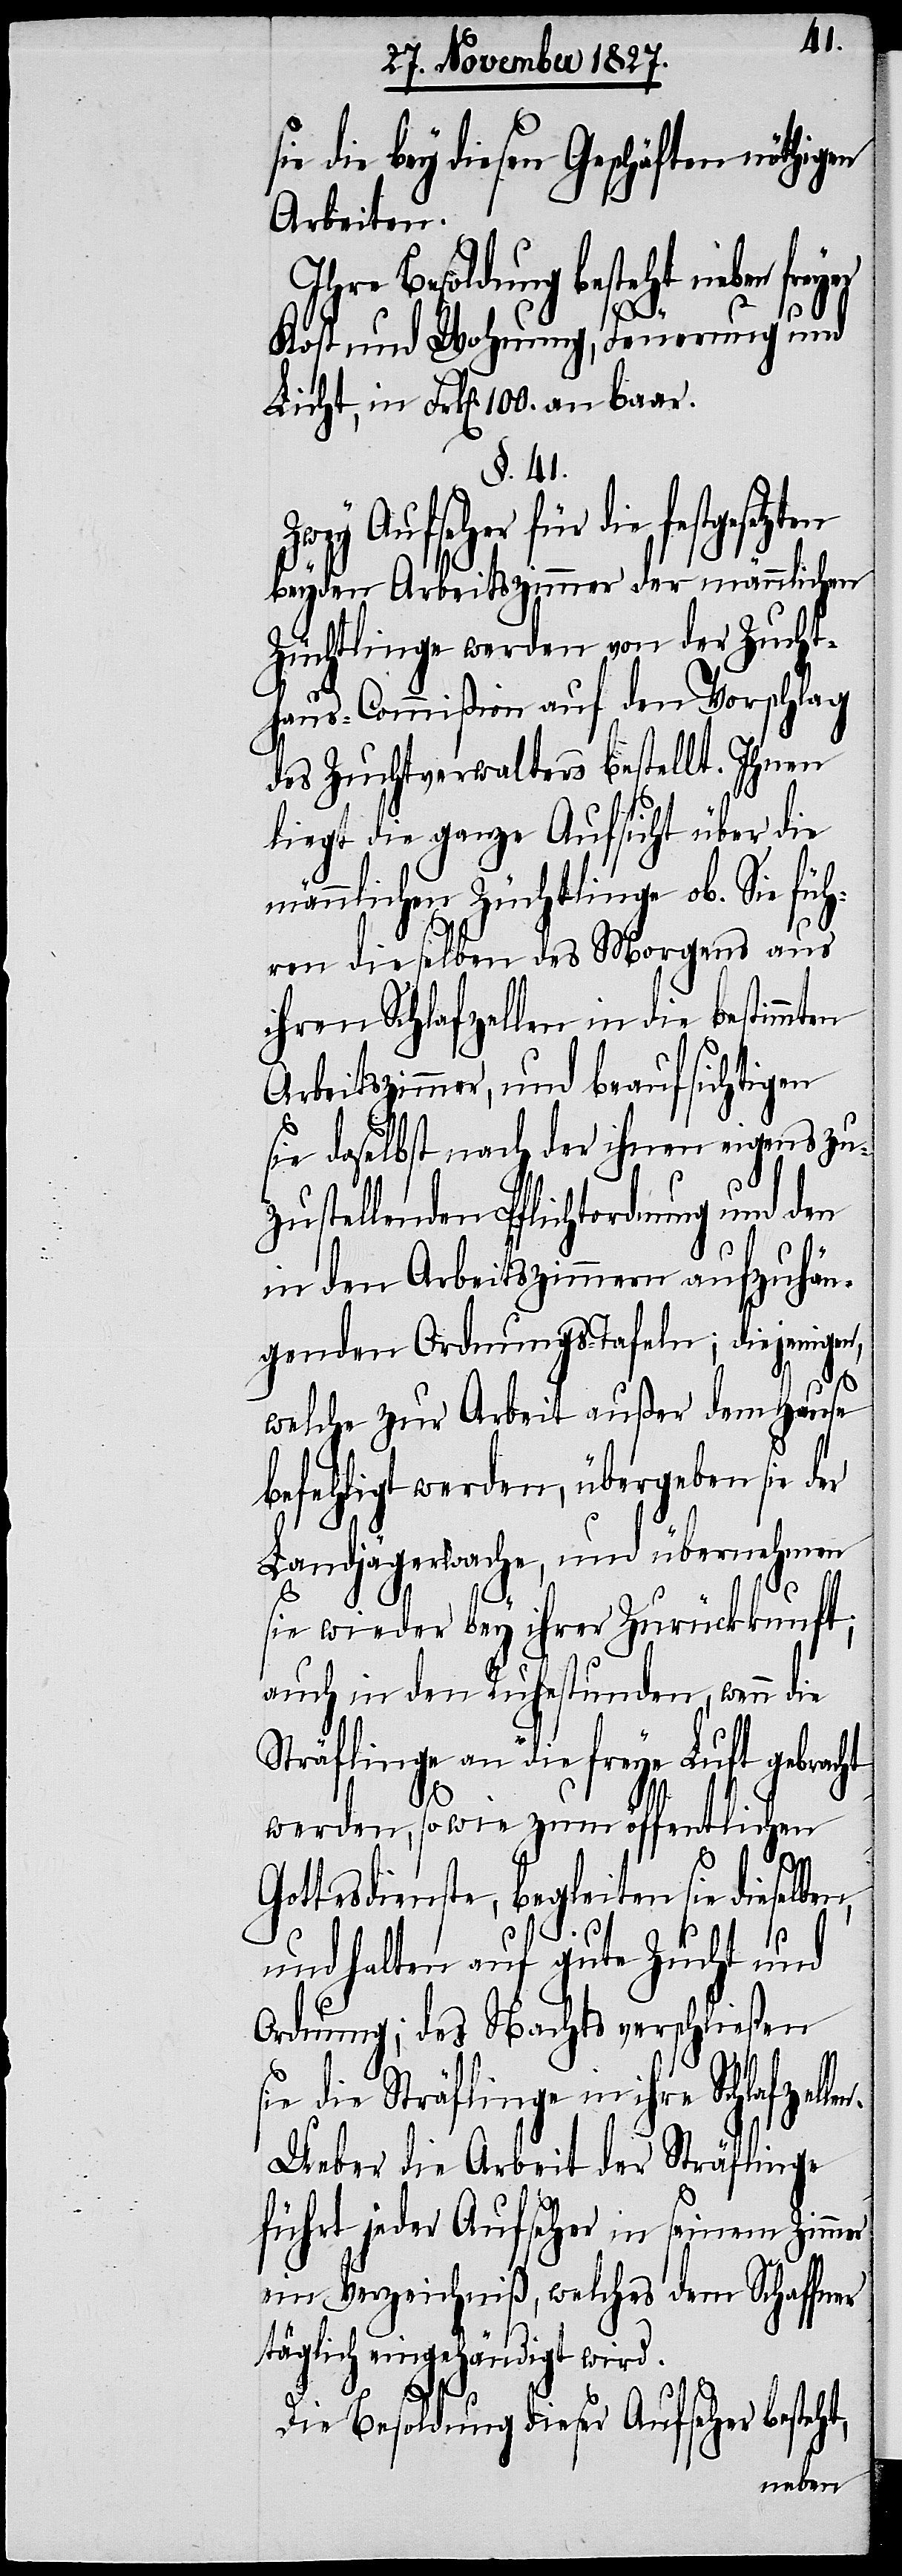
ie die bey diesen Geschäften nöthigen
Arbeiten.
Ihre Besoldung besteht neben
len.
Kost und Wohnung, Feuerung und
Licht, in Frk[en]. 100. an baar.
§. 41.
für die festgesetzten
beyden Arbeitszimmer der männlichen
Züchtlinge werden von der Zucht¬
haus-Commißion auf den Vorschlag
des Zuchtverwalters bestellt. Ihnen
liegt die ganze Aufsicht über die
männlichen Züchtlinge ob. Sie füh¬
ren dieselben des Morgens aus
ihren Schlafzellen in die bestimmten
Arbeitszimmer, und beaufsichtigen
sie daselbst nach der ihnen eigens zu¬
zustellenden Pflichtordnung und den
in den Arbeitszimmern aufzuhän¬
genden Ordnungs-Tafeln; diejenigen,
s¬
welche zur Arbeit außer dem Hause
befehligt werden, übergeben sie der
Landjägerwache, und übernehmen
sie wieder bey ihrer Zurückkunft;
auch in den Ruhestunden, wenn die
Sträflinge an die freye Luft gebracht
werden, sowie zum öffentlichen
Gottesdienste, begleiten sie dieselben,
und halten auf gute Zucht und
Ordnung; des Nachts verschließen
ie die Sträflinge in ihre Schlafzel¬
Ueber die Arbeit der Sträflinge
führt jeder Aufseher in seinem Zimmer
ein Verzeichniß, welches dem Schaffner
täglich eingehändigt wird.
Die Besoldung dieser Aufseher besteht,